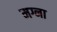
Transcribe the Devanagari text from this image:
मग्ना